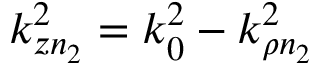
k _ { z n _ { 2 } } ^ { 2 } = k _ { 0 } ^ { 2 } - k _ { \rho n _ { 2 } } ^ { 2 }